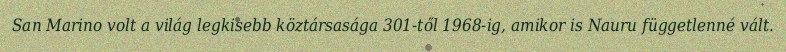
San Marino volt a világ legkisebb köztársasága 301-től 1968-ig, amikor is Nauru függetlenné vált.